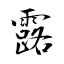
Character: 露